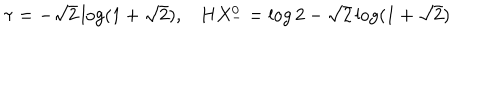
\tau = - \sqrt { 2 } \log ( 1 + \sqrt { 2 } ) , H X _ { - } ^ { 0 } = \log 2 - \sqrt { 2 } \log ( 1 + \sqrt { 2 } )